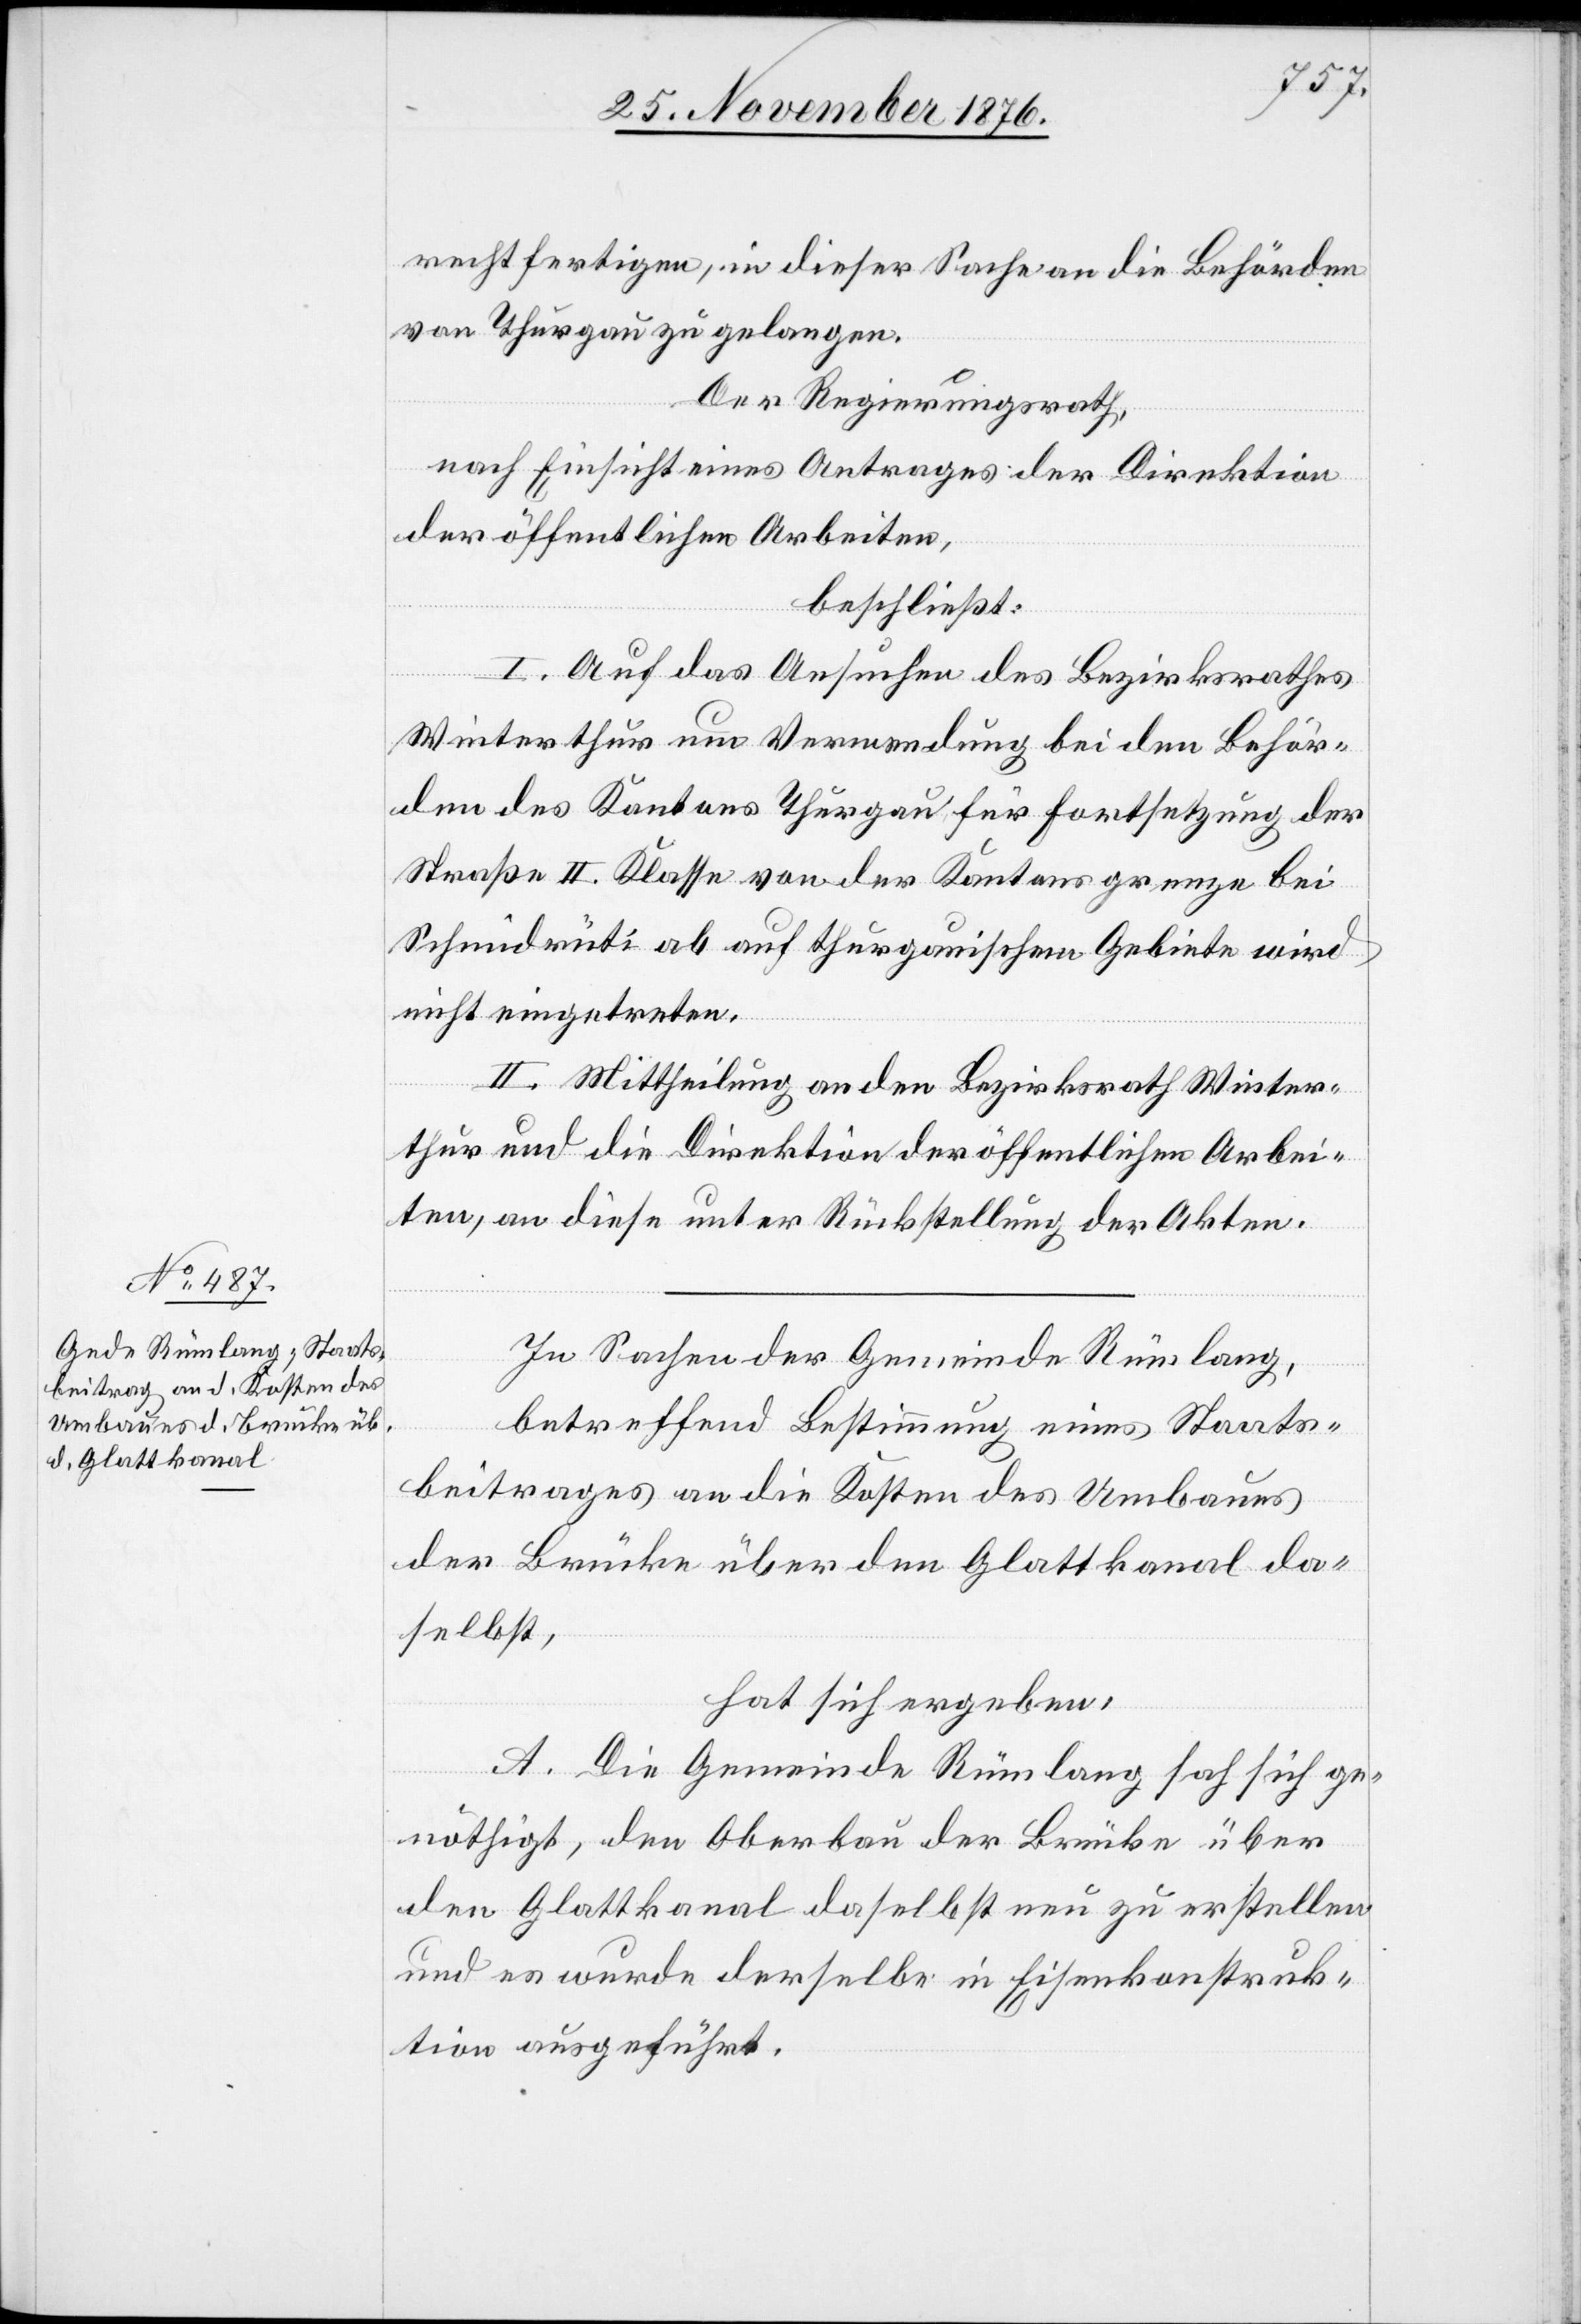
rechtfertigen, in dieser Sache an die Behörden
von Thurgau zu gelangen.
Der Regierungsrath,
nach Einsicht eines Antrages der Direktion
der öffentlichen Arbeiten,
beschließt:
I. Auf das Ansuchen des Bezirksrathes
Winterthur um Verwendung bei den Behör¬
den des Kantons Thurgau für Fortsetzung der
Straße II. Klasse von der Kantonsgrenze bei
Schmidrüti ab auf thurgauischem Gebiete wird
nicht eingetreten.
II. Mittheilung an den Bezirksrath Winter¬
thur und an die Direktion der öffentlichen Arbei¬
ten, an diese unter Rückstellung der Akten.
In Sachen der Gemeinde Rümlang,
betreffend Bestimmung eines Staats¬
beitrages an die Kosten des Umbaues
der Brücke über den Glattkanal da¬
selbst,
hat sich ergeben:
A. Die Gemeinde Rümlang sah sich ge¬
nöthigt, den Oberbau der Brücke über
den Glattkanal daselbst neu zu erstellen
und es wurde derselbe in Eisenkonstruk¬
tion ausgeführt.